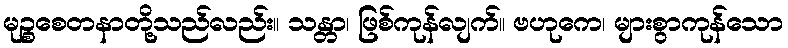
မုဉ္စစေတနာတို့သည်လည်း။ သန္တာ၊ ဖြစ်ကုန်လျက်။ ဗဟုကေ၊ များစွာကုန်သော